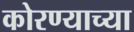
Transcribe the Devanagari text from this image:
कोरण्याच्या